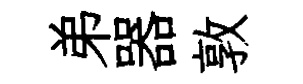
弟器敦